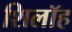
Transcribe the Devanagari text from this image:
शिलॉह